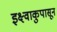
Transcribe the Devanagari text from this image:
इक्ष्वाकुपासून